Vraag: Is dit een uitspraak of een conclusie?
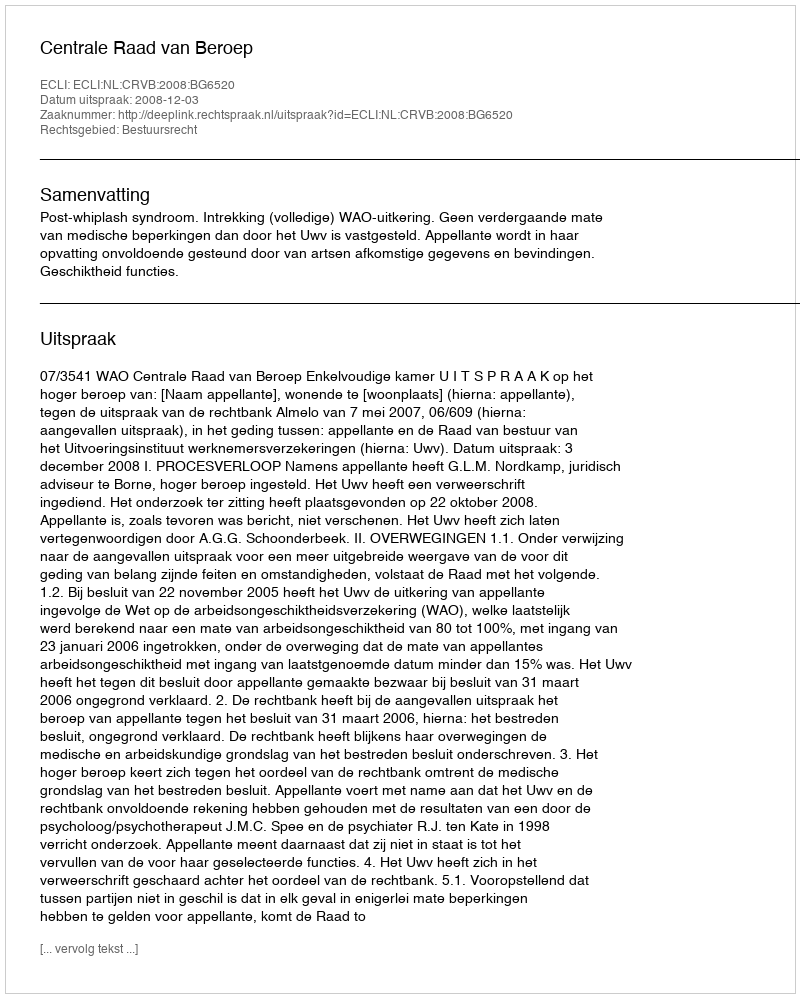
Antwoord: Uitspraak